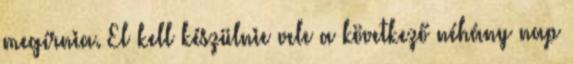
megírnia. El kell készülnie vele a következő néhány nap